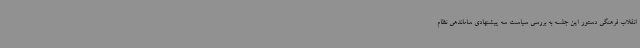
انقلاب فرهنگی دستور این جلسه به بررسی سیاست سه پیشنهادی ساماندهی نظام